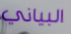
البياني